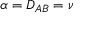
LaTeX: \alpha = D _ { A B } = \nu